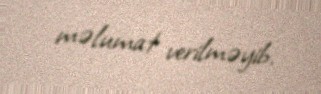
məlumat verilməyib.